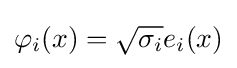
\varphi _{i}(x)={\sqrt {\sigma _{i}}}e_{i}(x)